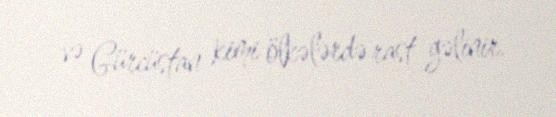
və Gürcüstan kimi ölkələrdə rast gəlinir.